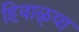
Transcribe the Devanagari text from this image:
हिवाळ्या